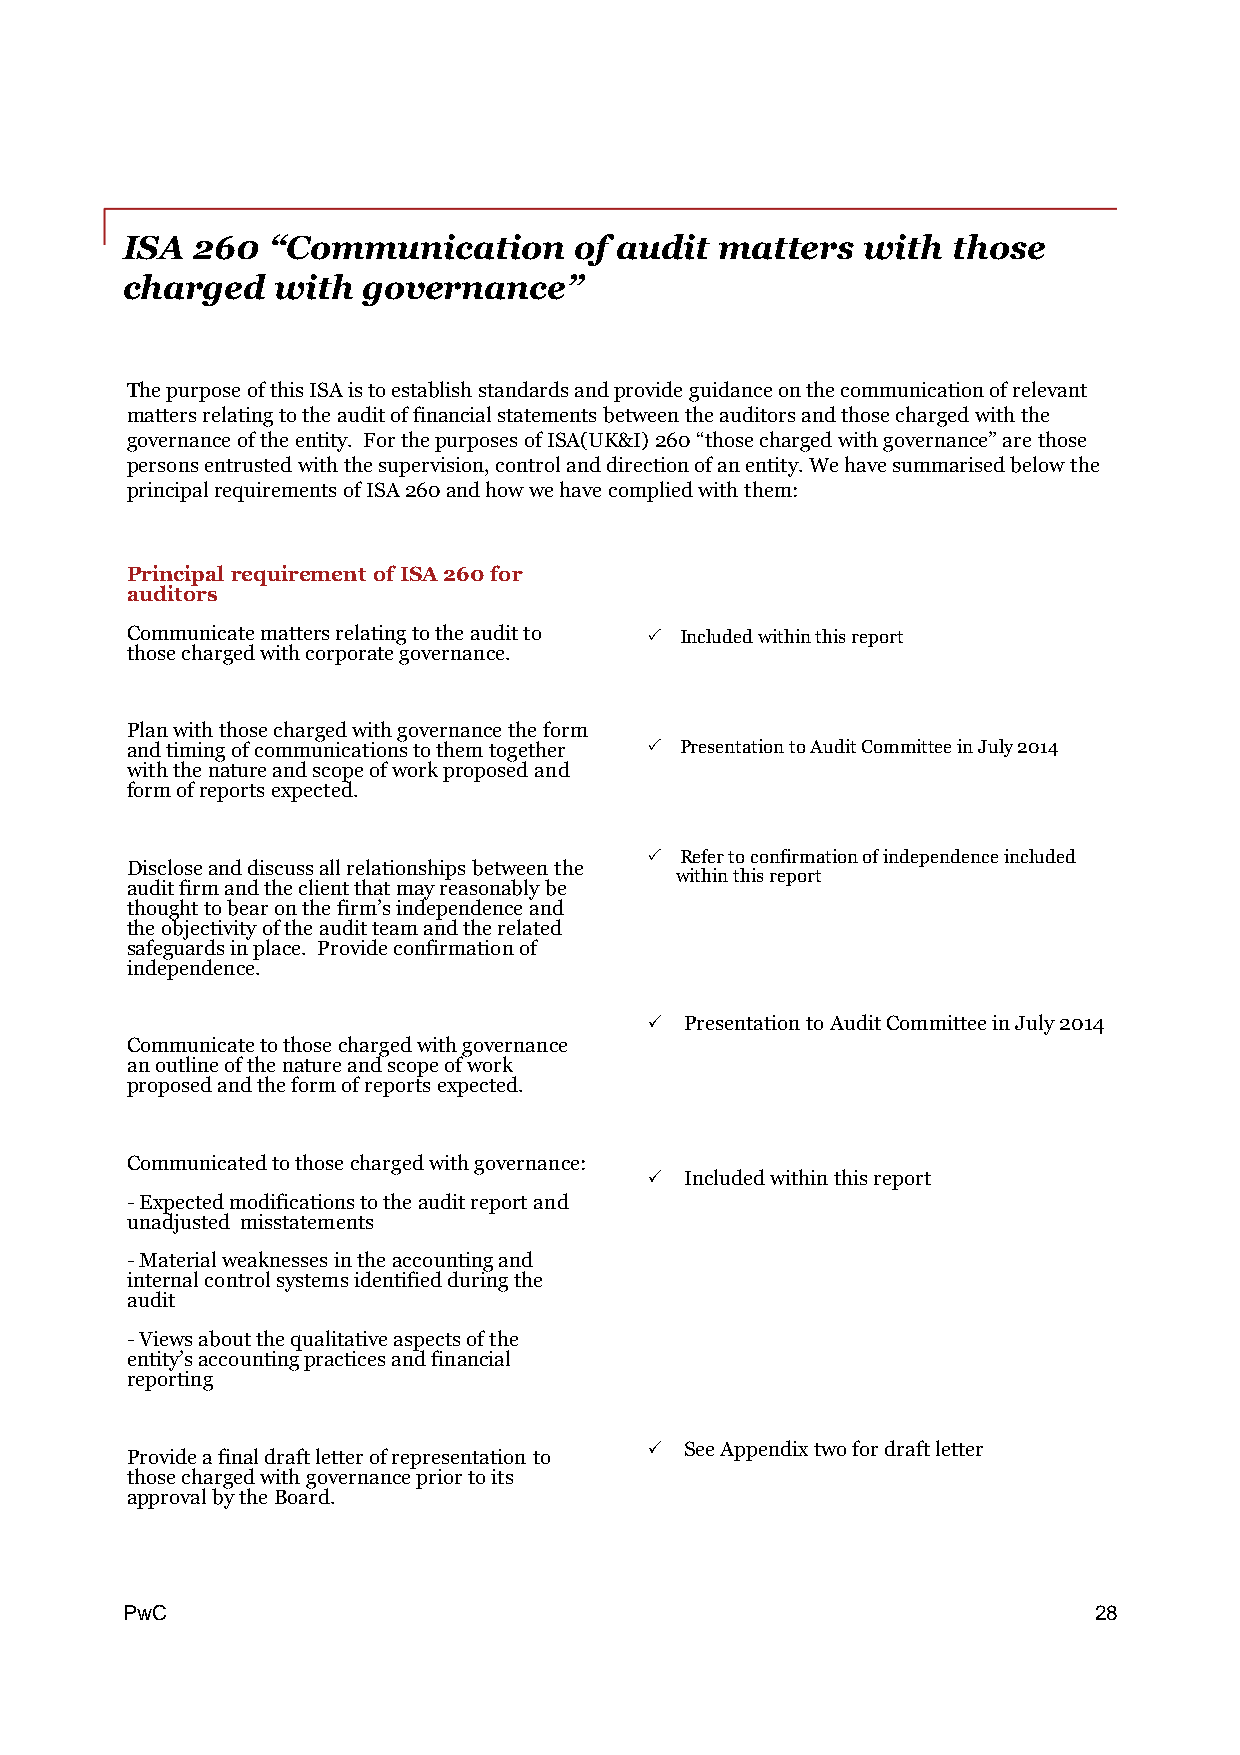
ISA  260  “Communication      of audit  matters  with  those
 charged   with  governance”
 ThepurposeofthisISAistoestablishstandardsandprovideguidanceonthecommunicationofrelevant
 mattersrelatingtotheauditoffinancialstatementsbetweentheauditorsandthosechargedwiththe
 governanceoftheentity. ForthepurposesofISA(UK&I)260“thosechargedwithgovernance”arethose
 personsentrustedwiththesupervision,controlanddirectionofanentity.Wehavesummarisedbelowthe
 principalrequirementsofISA260andhowwehavecompliedwiththem:
 Principal requirement ofISA260for
 auditors
 Communicatemattersrelatingtotheauditto P Includedwithinthisreport
 thosechargedwithcorporategovernance.
 Planwiththosechargedwithgovernancetheform
 andtimingofcommunicationstothemtogether P PresentationtoAuditCommitteeinJuly2014
 withthenatureandscopeofworkproposedand
 formofreportsexpected.
 P Refertoconfirmationofindependenceincluded
 Discloseanddiscussallrelationshipsbetweenthe
 withinthisreport
 auditfirmandtheclientthatmayreasonablybe
 thoughttobearonthefirm’sindependenceand
 theobjectivityoftheauditteamandtherelated
 safeguardsinplace. Provideconfirmationof
 independence.
 P PresentationtoAuditCommitteeinJuly2014
 Communicatetothosechargedwithgovernance
 anoutlineofthenatureandscopeofwork
 proposedandtheformofreportsexpected.
 Communicatedtothosechargedwithgovernance:
 P Includedwithinthisreport
 -Expectedmodificationstotheauditreportand
 unadjusted misstatements
 -Materialweaknessesintheaccountingand
 internalcontrolsystemsidentifiedduringthe
 audit
 -Viewsaboutthequalitativeaspectsofthe
 entity’saccountingpracticesandfinancial
 reporting
 P SeeAppendixtwofordraftletter
 Provideafinaldraftletterofrepresentationto
 thosechargedwithgovernancepriortoits
 approvalbytheBoard.
 PPwwCC                                                          28